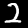
Label: 2